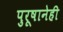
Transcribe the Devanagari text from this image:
पुरूषानेही